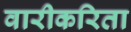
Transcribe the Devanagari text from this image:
वारीकरिता